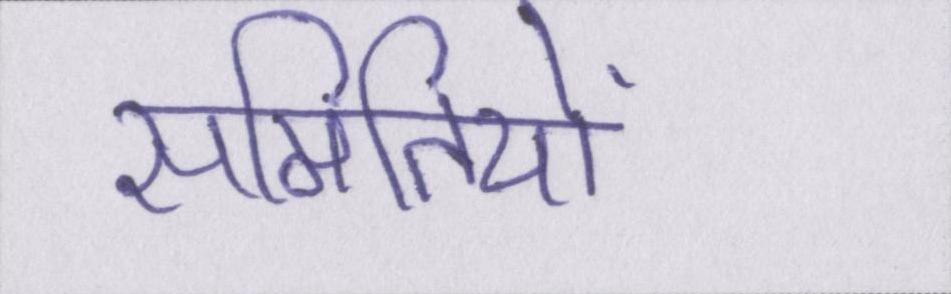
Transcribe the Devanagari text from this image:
समितियों